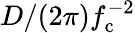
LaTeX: D/(2\pi)f_{\mathrm{c}}^{-2}